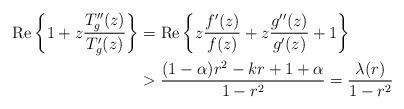
LaTeX: \begin{align*} {\rm Re}\left\{1+z\frac{T_g''(z)}{T_g'(z)}\right\}&={\rm Re}\left\{z\frac{f'(z)}{f(z)}+z\frac{g''(z)}{g'(z)}+1\right\}\\ &>\frac{(1-\alpha)r^2-kr+1+\alpha}{1-r^2}=\frac{\lambda(r)}{1-r^2} \end{align*}